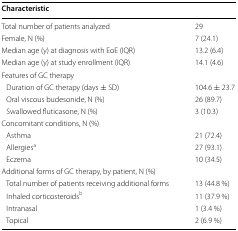
<table><thead><tr><td><b>Characteristic</b></td><td></td></tr></thead><tbody><tr><td>Total number of patients analyzed</td><td>29</td></tr><tr><td>Female, N (%)</td><td>7 (24.1)</td></tr><tr><td>Median age (y) at diagnosis with EoE (IQR)</td><td>13.2 (6.4)</td></tr><tr><td>Median age (y) at study enrollment (IQR)</td><td>14.1 (4.6)</td></tr><tr><td colspan="2">Features of GC therapy</td></tr><tr><td> Duration of GC therapy (days ± SD)</td><td>104.6 ± 23.7</td></tr><tr><td> Oral viscous budesonide, N (%)</td><td>26 (89.7)</td></tr><tr><td> Swallowed fluticasone, N (%)</td><td>3 (10.3)</td></tr><tr><td colspan="2">Concomitant conditions, N (%)</td></tr><tr><td> Asthma</td><td>21 (72.4)</td></tr><tr><td> Allergies<sup>a</sup></td><td>27 (93.1)</td></tr><tr><td> Eczema</td><td>10 (34.5)</td></tr><tr><td colspan="2">Additional forms of GC therapy, by patient, N (%)</td></tr><tr><td> Total number of patients receiving additional forms</td><td>13 (44.8 %)</td></tr><tr><td> Inhaled corticosteroids<sup>b</sup></td><td>11 (37.9 %)</td></tr><tr><td> Intranasal</td><td>1 (3.4 %)</td></tr><tr><td> Topical</td><td>2 (6.9 %)</td></tr></tbody></table>